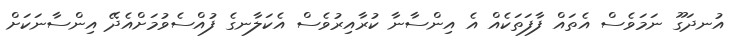
އުނދަގޫ ނަމަވެސް އެތައް ފާފަތަކެއް އެ އިންސާނާ ކުރާއިރުވެސް އެކަލާނގެ ފުއްސެވުމަށްއެދޭ އިންސާނަކަށް